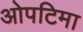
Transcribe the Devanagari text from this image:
ओपटिमा